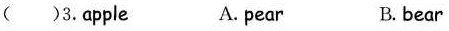
( )3.Apple A. pear B. bear